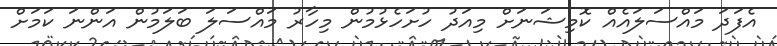
އެފަދަ މައްސަލައެއް ކޮމިޝަނަށް މިއަދު ހުށަހެޅުމުން މިހާރު މައްސަލަ ބަލަމުން އަންނަ ކަމަށް